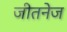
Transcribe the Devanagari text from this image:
जीतनेज